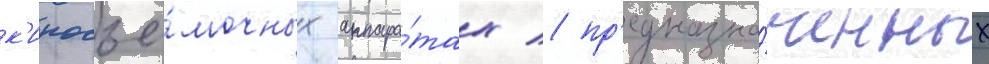
к'иносъё́мочных аппара́тах / пр'едназна́ченных